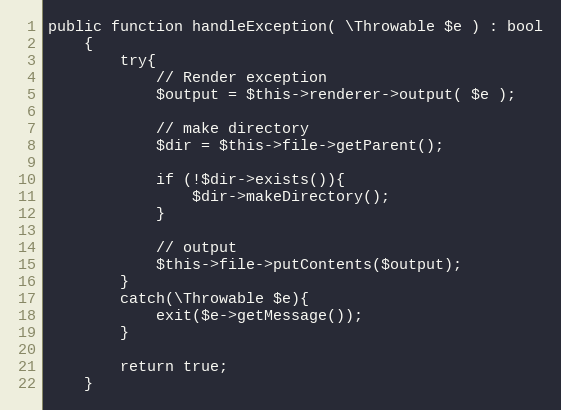
Language: PHP
public function handleException( \Throwable $e ) : bool
    {
        try{
            // Render exception
            $output = $this->renderer->output( $e );

            // make directory
            $dir = $this->file->getParent();

            if (!$dir->exists()){
                $dir->makeDirectory();
            }

            // output
            $this->file->putContents($output);
        }
        catch(\Throwable $e){
            exit($e->getMessage());
        }

        return true;
    }